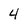
Character: 4